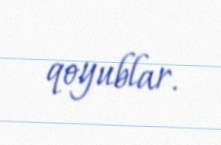
qoyublar.